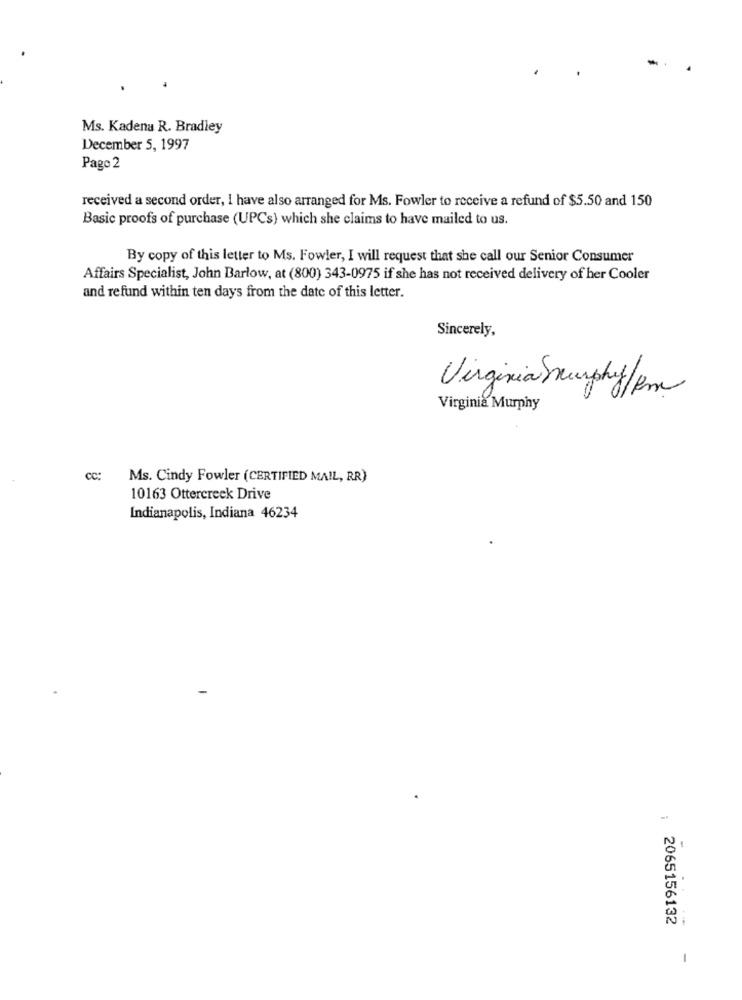
Ms. Kadena R. Bradley
December 5, 1997
Pago 2
received a second order, I have also arranged for Ms. Fowler to receive a refund of $5.50 and 150
Basic proofs of purchase (UPCs) which she claims to have mailed to us.
By copy of this letter to Ms. Fowler, I will request that she call our Senior Consumer
Affairs Specialist, John Barlow, at (800) 343-0975 if she has not received delivery of her Cooler
and refund within ten days from the date of this letter.
Sincerely,
Virginia Smurphy/km
Virginia Murphy
CC:
Ms. Cindy Fowler (CERTIFIED MAIL, RR)
10163 Ottercreek Drive
Indianapolis, Indiana 46234
-.
2065156132
1